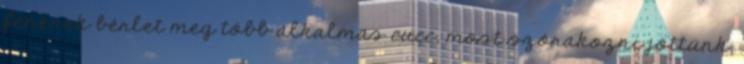
fenének bérlet meg több alkalmas cucc, most szórakozni jöttünk,